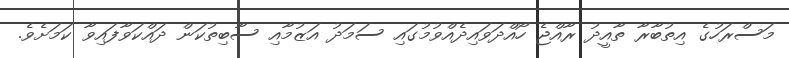
މަސްރަހުގެ އިތުބާރާ ތާއީދު ރާއްޖެ ހޯއްދަވައިދެއްވުމުގައި ސަމަދު އަޒުމާއި ސާބިތުކަން ދައްކަވާފައިވާ ކަމަށެވެ.